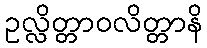
ဥလ္လိတ္တာဝလိတ္တာနိ